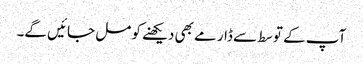
آپ کے توسط سے ڈارمے بھی دیکھنے کو مل جائیں گے۔